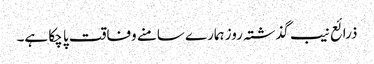
ذرائع نیب گذشتہ روز ہمارے سامنے وفاقت پا چکا ہے۔